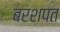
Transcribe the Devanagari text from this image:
बरशपत